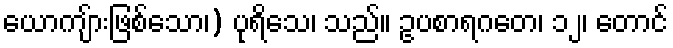
ယောကျ်ားဖြစ်သော၊) ပုရိသေ၊ သည်။ ဥပစာရဂတေ၊ ၁၂၊ တောင်